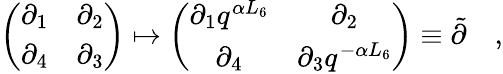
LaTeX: \left(\begin{array}{cc}{{\partial_{1}}}&{{\partial_{2}}}\\ {{\partial_{4}}}&{{\partial_{3}}}\end{array}\right)\mapsto\left(\begin{array}{cc}{{\partial_{1}q^{\alpha L_{6}}}}&{{\partial_{2}}}\\ {{\partial_{4}}}&{{\partial_{3}q^{-\alpha L_{6}}}}\end{array}\right)\equiv\tilde{\partial}\quad,